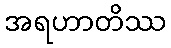
အရဟာတိဿ